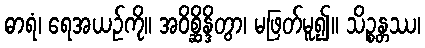
ဓာရံ၊ ရေအယဉ်ကို။ အဝိစ္ဆိန္ဒိတွာ၊ မဖြတ်မူ၍။ သိဉ္စန္တဿ၊